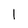
Character: I